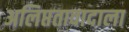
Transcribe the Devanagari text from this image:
अलिप्ततावादाला